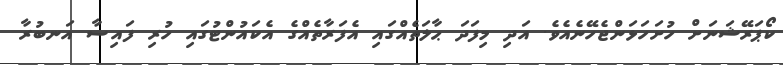
ކޯޕަރޭޝަނަށް ހުށަހަޅަންޖެހޭނެއެވެ. އަދި މިފަދަ ޙާލަތެއްގައި އެފަރާތެއްގެ އެކައުންޓުގައި ހުރި ފައިސާ އަނބުރާ